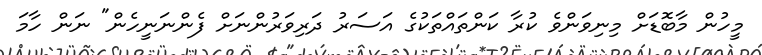
މީހުން މާބޮޑަށް މިނިވަންވެ ކުރާ ކަންތައްތަކުގެ އަސަރު ދަރިވަރުންނަށް ފެންނަނީހެން" ނަން ހާމަ